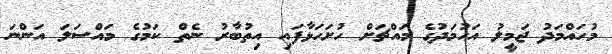
މުހައްމަދު ޖަމީލު އަހުމަދުގެ މައްޗަށް ހުށަހަޅާފައި އިތުބާރު ނެތް ކަމުގެ މައްސަލަ އަންނަ